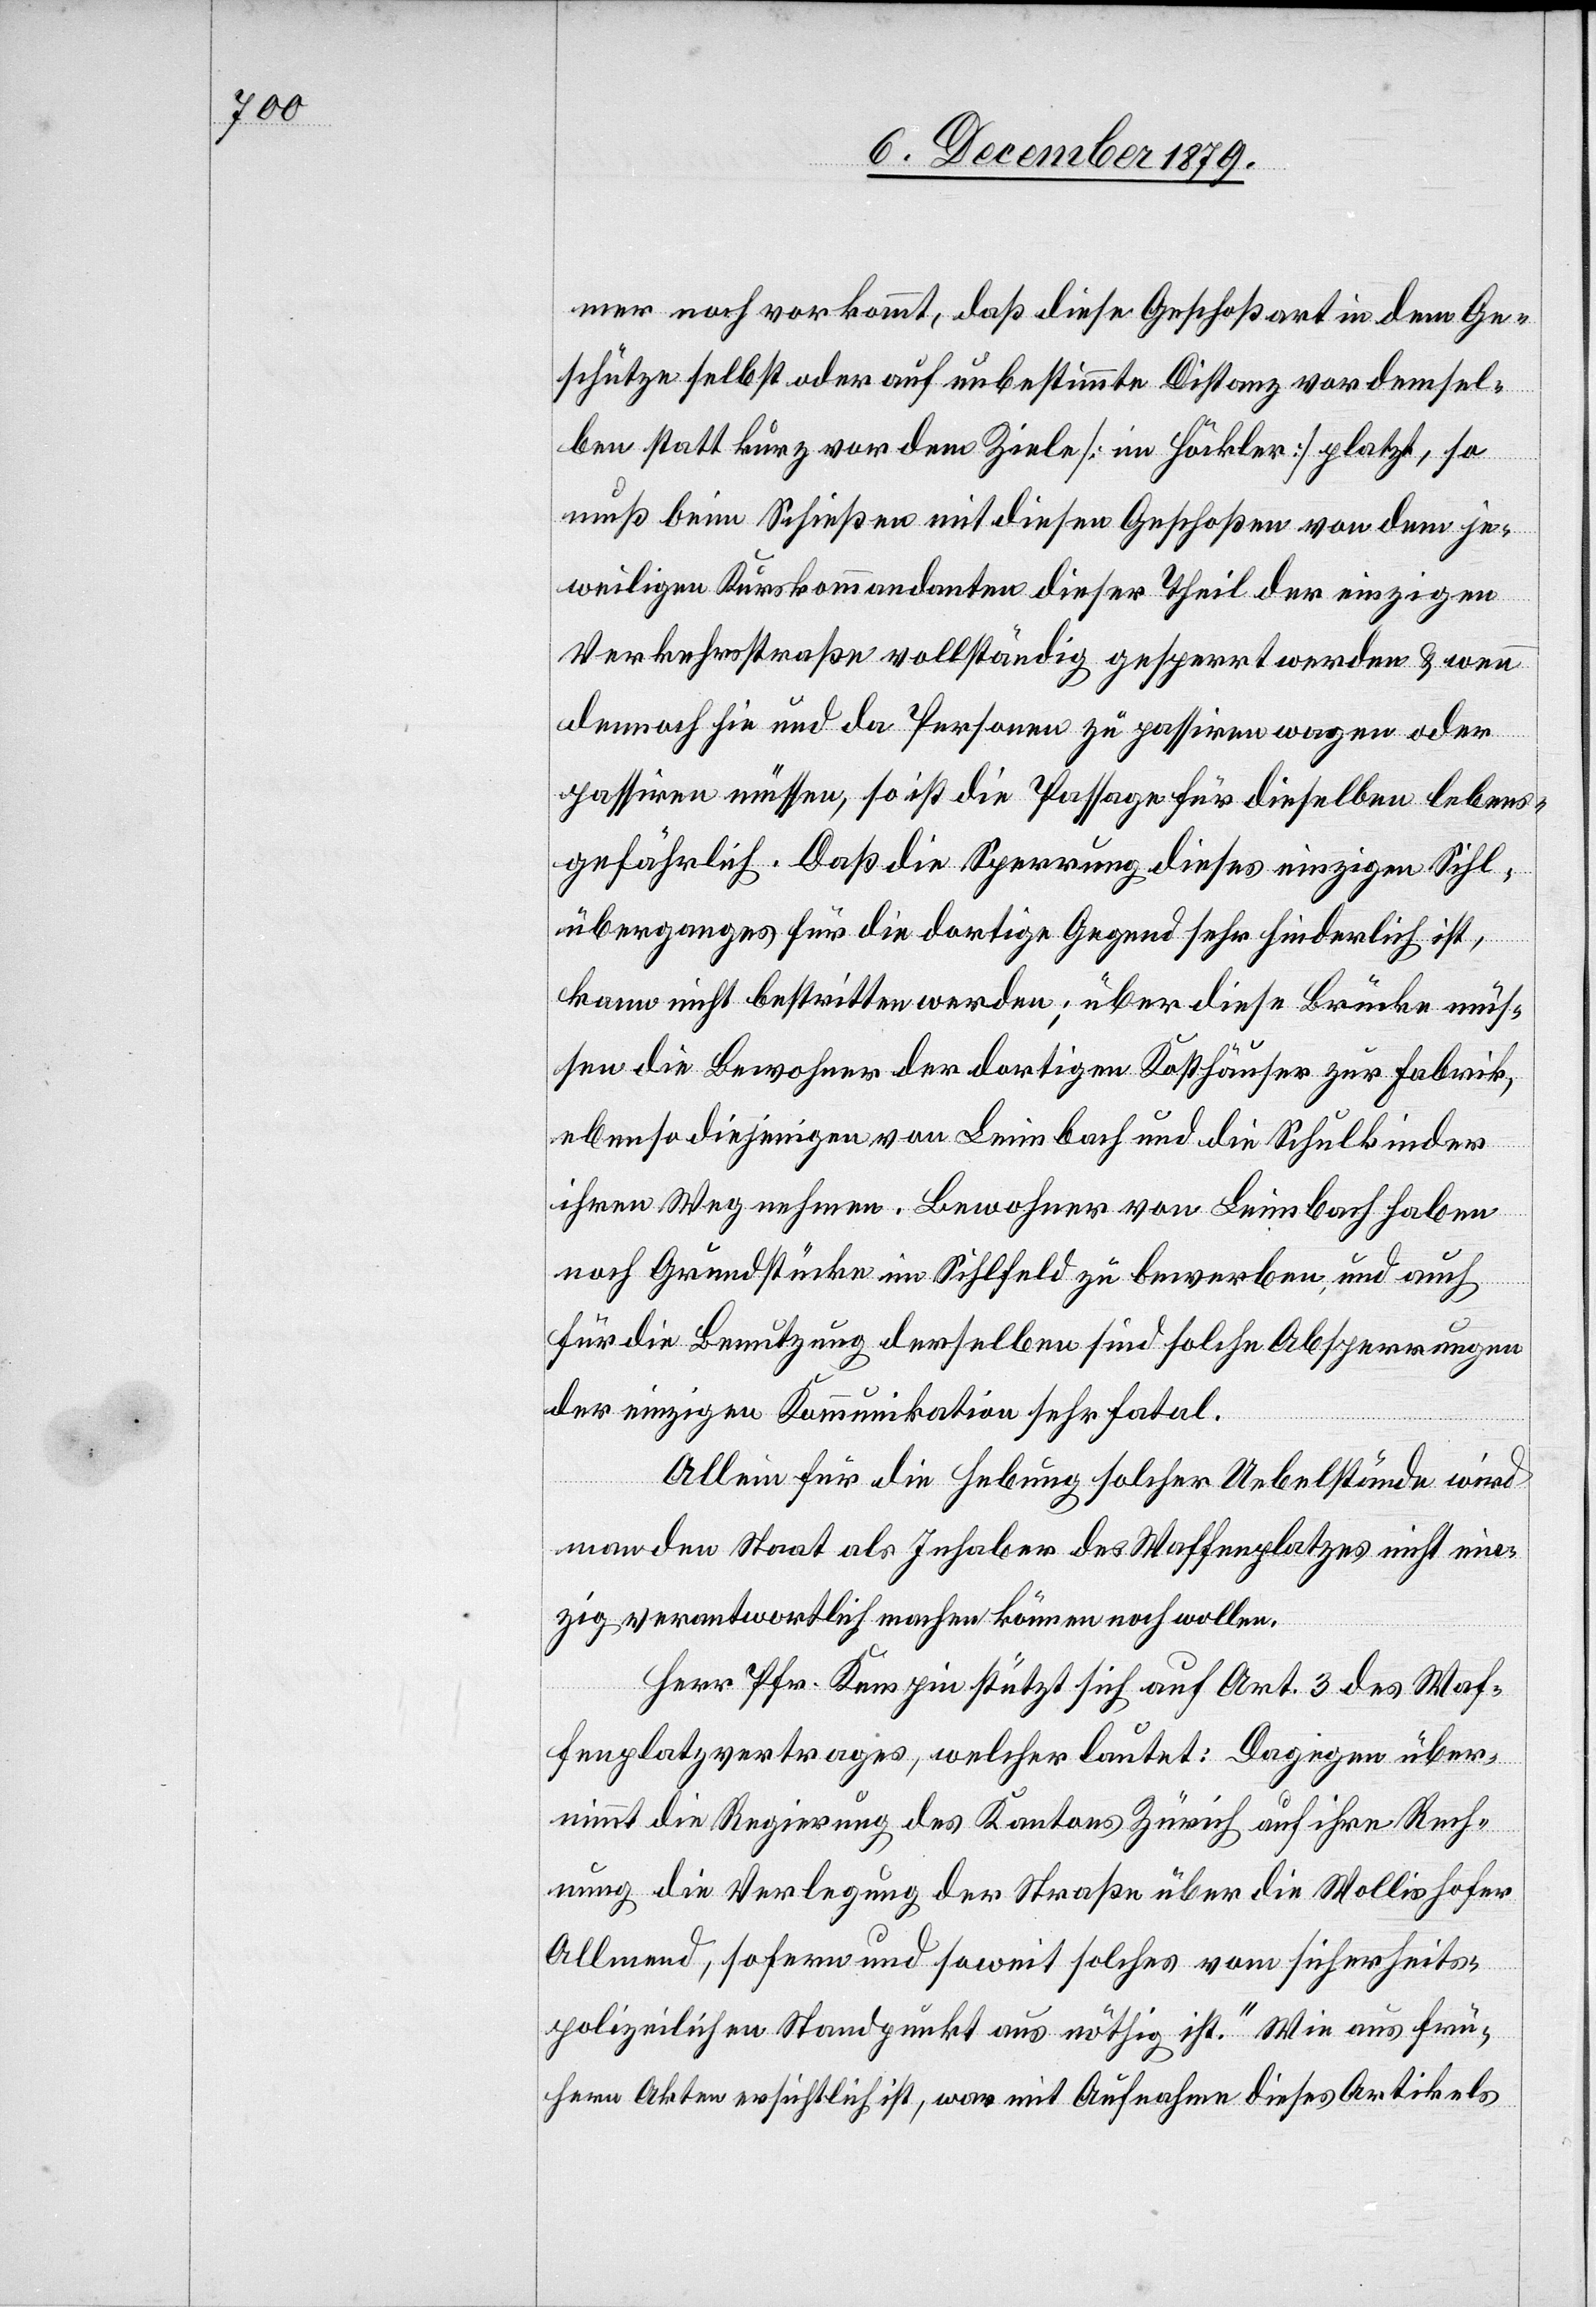
mer noch vorkommt, daß diese Geschoßart in dem Ge¬
schütze selbst oder auf unbestimmte Distanz vor demsel¬
ben statt kurz vor dem Ziele [im Höckler] platzt, so
muß beim Schießen mit diesen Geschoßen von dem je¬
weiligen Kurskommandanten dieser Theil der einzigen
Verkehrsstraße vollständig gesperrt werden & wenn
demnach hie und da Personen zu passiren wagen oder
passiren müssen, so ist die Passage für dieselben lebens¬
gefährlich. Daß die Sperrung dieses einzigen Sihl¬
überganges für die dortige Gegend sehr hinderlich ist,
kann nicht bestritten werden; über diese Brücke müs¬
sen die Bewohner der dortigen Kosthäuser zur Fabrik,
ebenso diejenigen von Leimbach und die Schulkinder
ihren Weg nehmen. Bewohner von Leimbach haben
noch Grundstücke im Sihlfeld zu bewerben und auch
für die Benutzung derselben sind solche Absperrungen
der einzigen Kommunikation sehr fatal.
Allein für die Hebung solcher Uebelstände wird
man den Staat als Inhaber des Waffenplatzes nicht ein¬
zig verantwortlich machen können noch wollen.
Herr Pfr. Kempin stützt sich auf Art. 3 des Waf¬
fenplatzvertrages, welcher lautet: [„]Dagegen über¬
nimmt die Regierung des Kantons Zürich auf ihre Rech¬
nung die Verlegung der Straße über die Wollishofer
Allmend, sofern und soweit solches vom Sicherheits¬
polizeilichen Standpunkt aus nöthig ist.“ Wie aus frü¬
hern Akten ersichtlich ist, war mit Aufnahme dieses Artikels